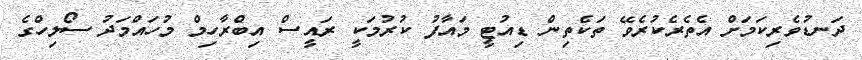
ދަނޑުވެރިކަމަށް އެތެރެކުރެވޭ ތަކެތިން ޑިއުޓީ މައާފު ކުރުމަކީ ރައީސް އިބްރާހިމް މުހައްމަދު ސޯލިހްގެ